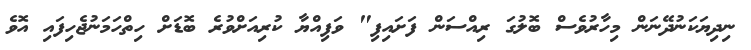
ނިދިޔަކަނުދޭނަން މިހާރުވެސް ބޮލުގަ ރިއްސަން ފަށައިފި" ވަފިއްޔާ ކުރިއަށްވުރެ ބޮޑަށް ހިތްހަމަނުޖެހިފައި އޮވެ